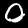
Label: 0